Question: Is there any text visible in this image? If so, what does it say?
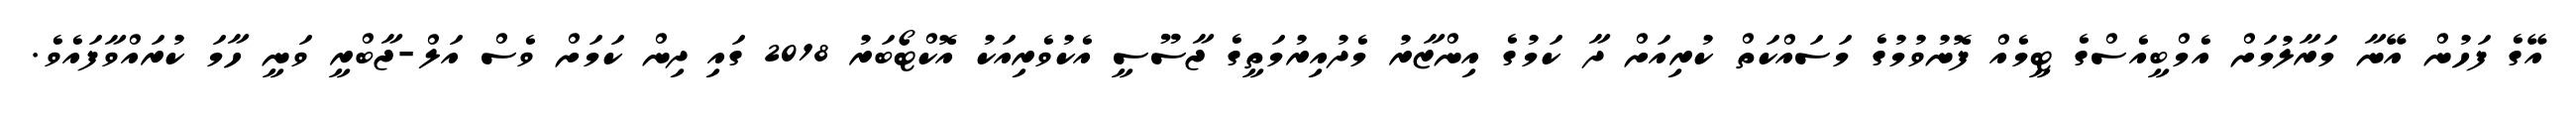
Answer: އޭގެ ފަހުން އޭނާ މަރާލުމަށް އެމްބީއެސްގެ ޓީމެއް ފޮނުވުމުގެ މަސައްކަތް ކުރިއަށް ދާ ކަމުގެ އިންޒާރު މެދުއިރުމަތީގެ ޖާސޫސީ އެކުވެރިއަކު އޮކްޓޯބަރު 2018 ގައި ދިން ކަމަށް ވެސް އަލް-ޖާބްރީ ވަނީ ހާމަ ކުރައްވާފައެވެ.